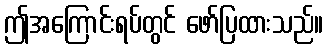
ဤအကြောင်းရပ်တွင် ဖော်ပြထားသည်။